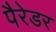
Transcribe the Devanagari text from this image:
पैरेडर